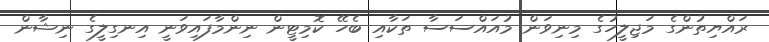
ރައްޔިތުންގެ މަޖިލީހުގެ މިނިވަން މުއައްސަސާ ތަކާއި ބެހޭ ކޮމިޓީން ނިންމާފައިވަނީ އިނގިލީގެ ނިޝާން